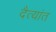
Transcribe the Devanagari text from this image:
दैत्यांत